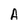
Character: A